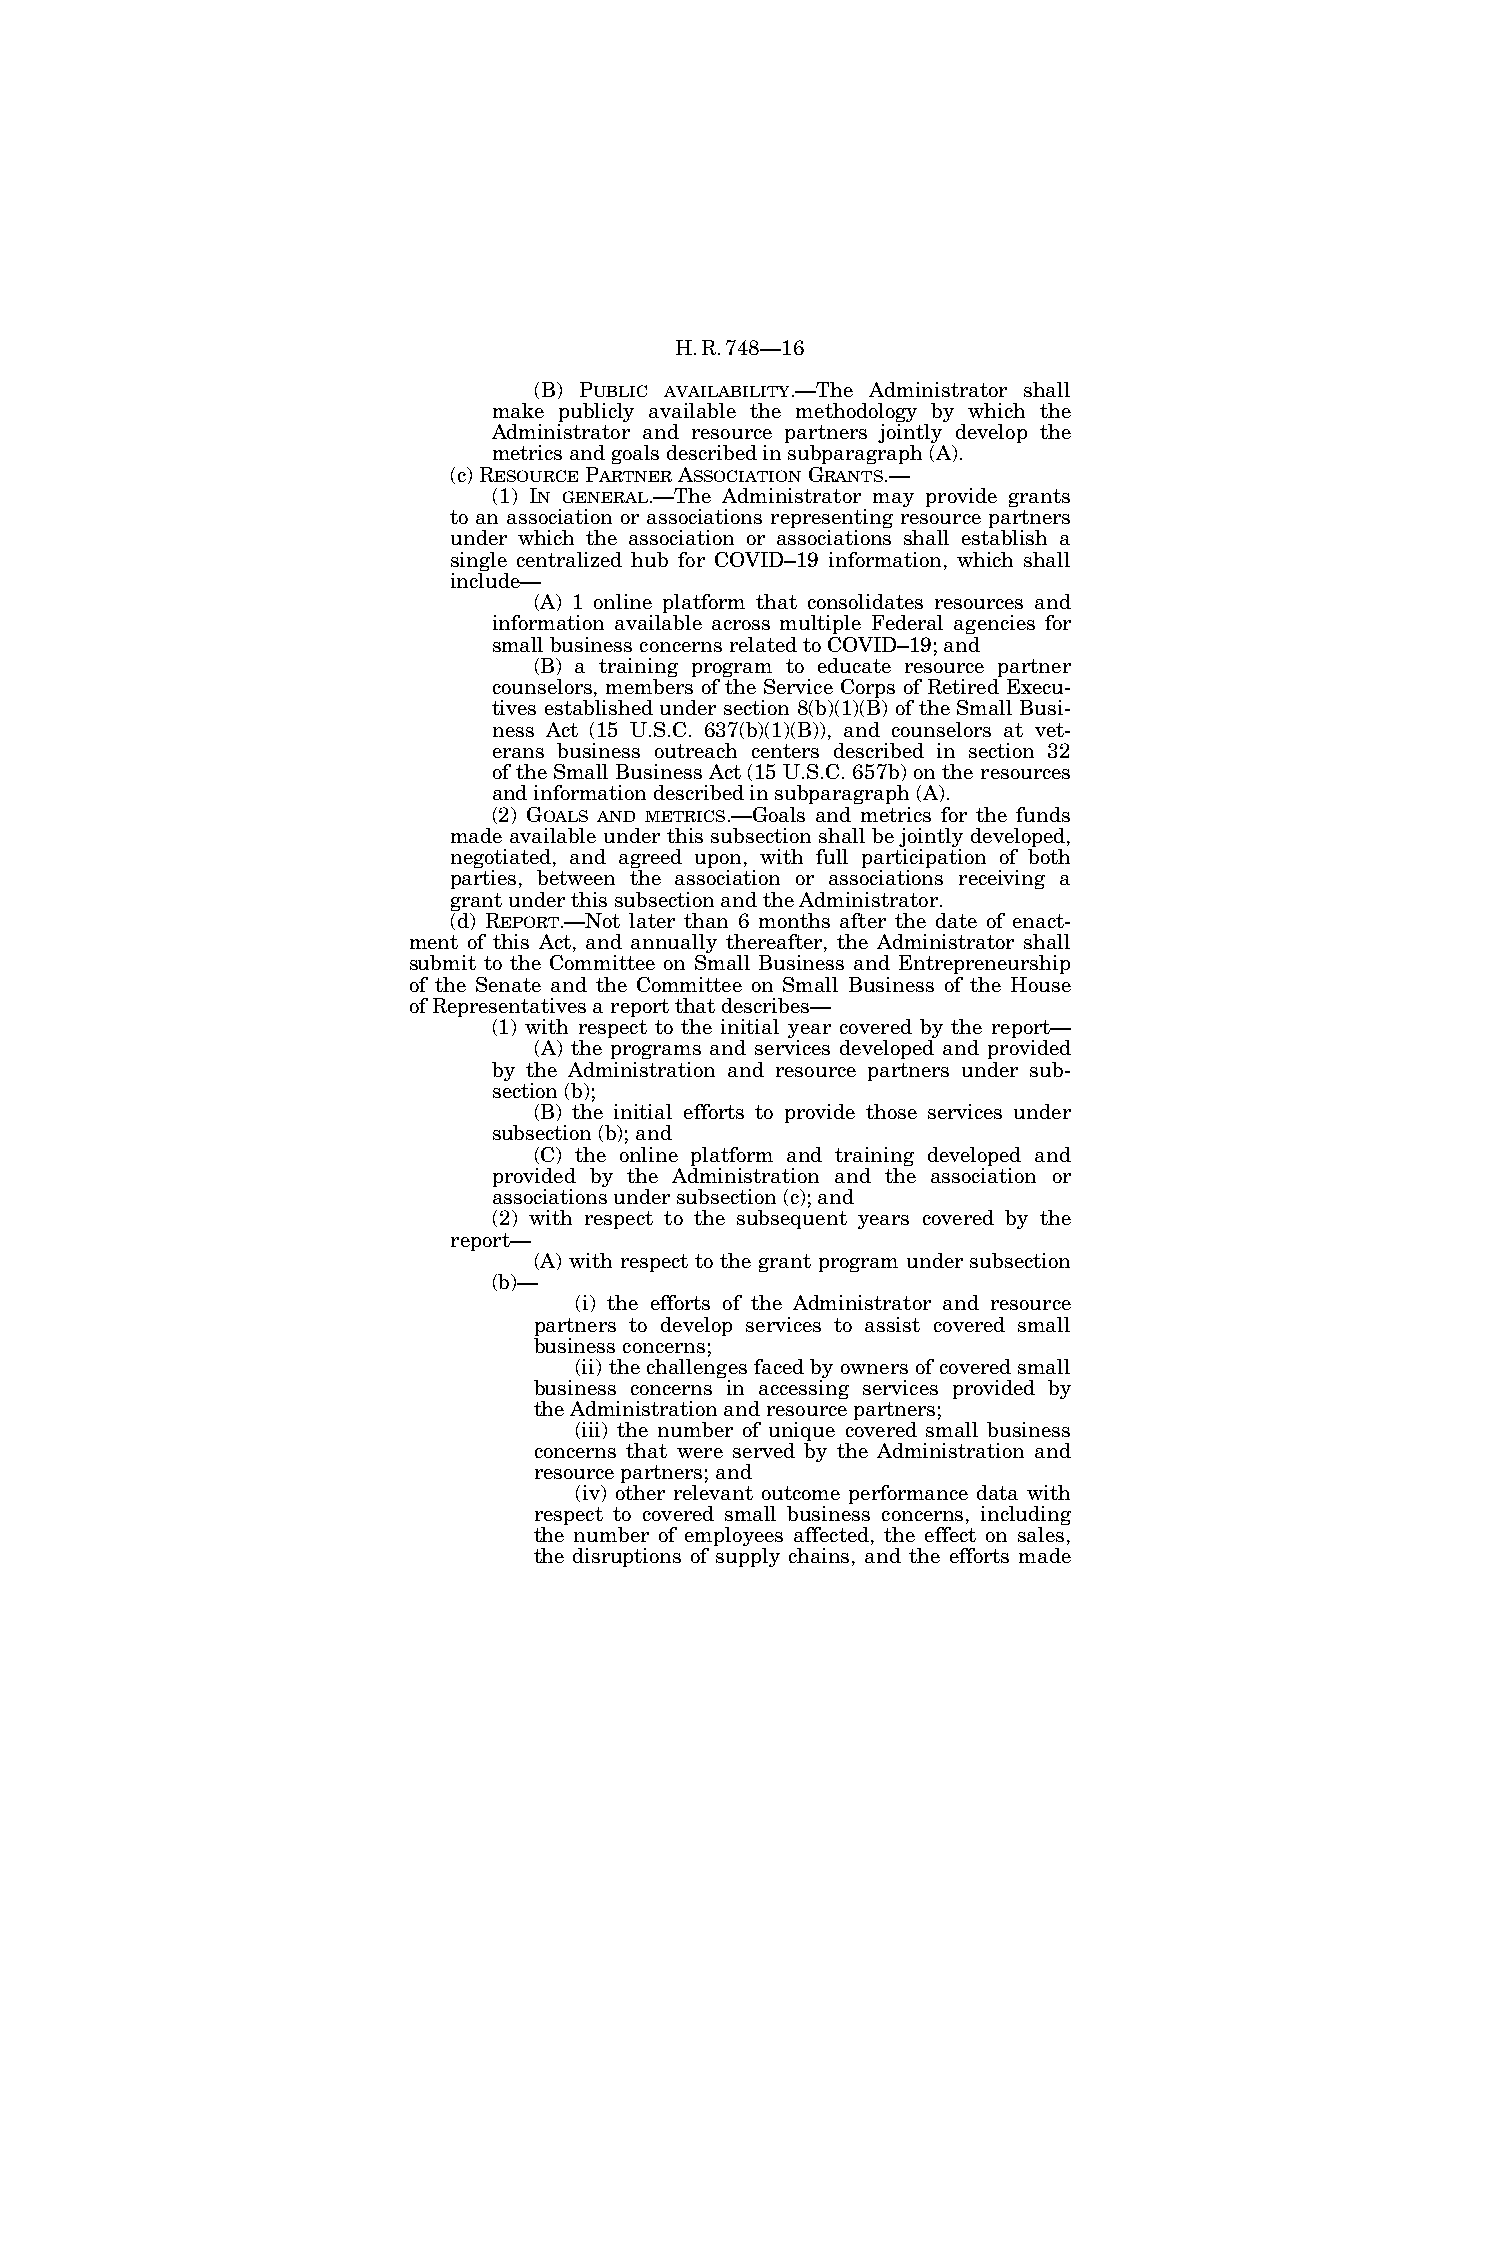
H.R.748—16
 (B) PUBLIC AVAILABILITY.—The Administrator shall
 make publicly available the methodology by which the
 Administrator and resource partners jointly develop the
 metrics and goals described in subparagraph (A).
 (c) RESOURCEPARTNERASSOCIATIONGRANTS.—
 (1) IN GENERAL.—The Administrator may provide grants
 to an association or associations representing resource partners
 under which the association or associations shall establish a
 single centralized hub for COVID–19 information, which shall
 include—
 (A) 1 online platform that consolidates resources and
 information available across multiple Federal agencies for
 small business concerns related to COVID–19; and
 (B) a training program to educate resource partner
 counselors, members of the Service Corps of Retired Execu-
 tives established under section 8(b)(1)(B) of the Small Busi-
 ness Act (15 U.S.C. 637(b)(1)(B)), and counselors at vet-
 erans business outreach centers described in section 32
 of the Small Business Act (15 U.S.C. 657b) on the resources
 and information described in subparagraph (A).
 (2) GOALS AND METRICS.—Goals and metrics for the funds
 made available under this subsection shall be jointly developed,
 negotiated, and agreed upon, with full participation of both
 parties, between the association or associations receiving a
 grant under this subsection and the Administrator.
 (d) REPORT.—Not later than 6 months after the date of enact-
 ment of this Act, and annually thereafter, the Administrator shall
 submit to the Committee on Small Business and Entrepreneurship
 of the Senate and the Committee on Small Business of the House
 of Representatives a report that describes—
 (1) with respect to the initial year covered by the report—
 (A) the programs and services developed and provided
 by the Administration and resource partners under sub-
 section (b);
 (B) the initial efforts to provide those services under
 subsection (b); and
 (C) the online platform and training developed and
 provided by the Administration and the association or
 associations under subsection (c); and
 (2) with respect to the subsequent years covered by the
 report—
 (A) with respect to the grant program under subsection
 (b)—
 (i) the efforts of the Administrator and resource
 partners to develop services to assist covered small
 business concerns;
 (ii) the challenges faced by owners of covered small
 business concerns in accessing services provided by
 the Administration and resource partners;
 (iii) the number of unique covered small business
 concerns that were served by the Administration and
 resource partners; and
 (iv) other relevant outcome performance data with
 respect to covered small business concerns, including
 the number of employees affected, the effect on sales,
 the disruptions of supply chains, and the efforts made